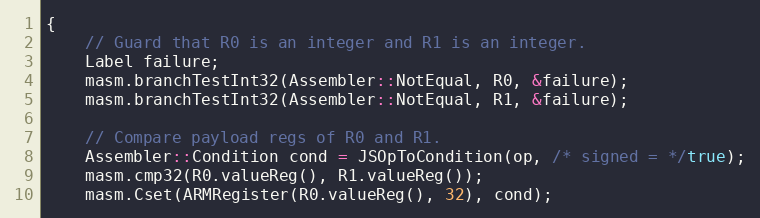
Language: C++
{
    // Guard that R0 is an integer and R1 is an integer.
    Label failure;
    masm.branchTestInt32(Assembler::NotEqual, R0, &failure);
    masm.branchTestInt32(Assembler::NotEqual, R1, &failure);

    // Compare payload regs of R0 and R1.
    Assembler::Condition cond = JSOpToCondition(op, /* signed = */true);
    masm.cmp32(R0.valueReg(), R1.valueReg());
    masm.Cset(ARMRegister(R0.valueReg(), 32), cond);